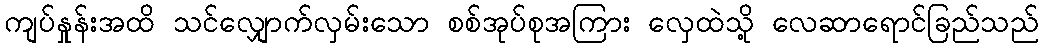
ကျပ်နှုန်းအထိ သင်လျှောက်လှမ်းသော စစ်အုပ်စုအကြား လှေထဲသို့ လေဆာရောင်ခြည်သည်